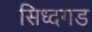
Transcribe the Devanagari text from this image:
सिध्दगड